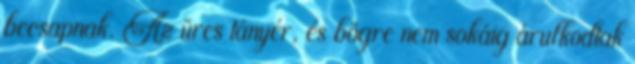
becsapnak. Az üres tányér, és bögre nem sokáig árulkodtak